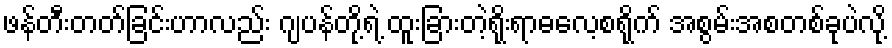
ဖန်တီးတတ်ခြင်းဟာလည်း ဂျပန်တို့ရဲ့ ထူးခြားတဲ့ရိုးရာဓလေ့စရိုက် အစွမ်းအစတစ်ခုပဲလို့